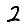
Digit: 2